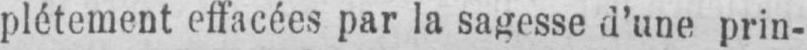
plètement effacées par la sagesse d’une prin-